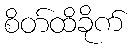
စိတ်ထိခိုက်